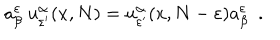
a _ { \beta } ^ { \varepsilon } \ u _ { \varepsilon ^ { \prime } } ^ { \alpha } ( x , N ) = u _ { \varepsilon ^ { \prime } } ^ { \alpha } ( x , N - \varepsilon ) a _ { \beta } ^ { \varepsilon } \ \ .